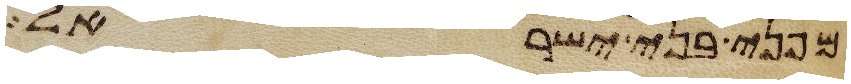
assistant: מפני בני ישראל